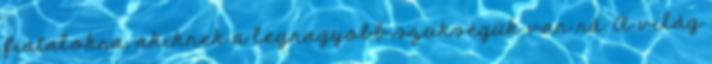
fiatalokra, akiknek a legnagyobb szükségük van rá. A világ